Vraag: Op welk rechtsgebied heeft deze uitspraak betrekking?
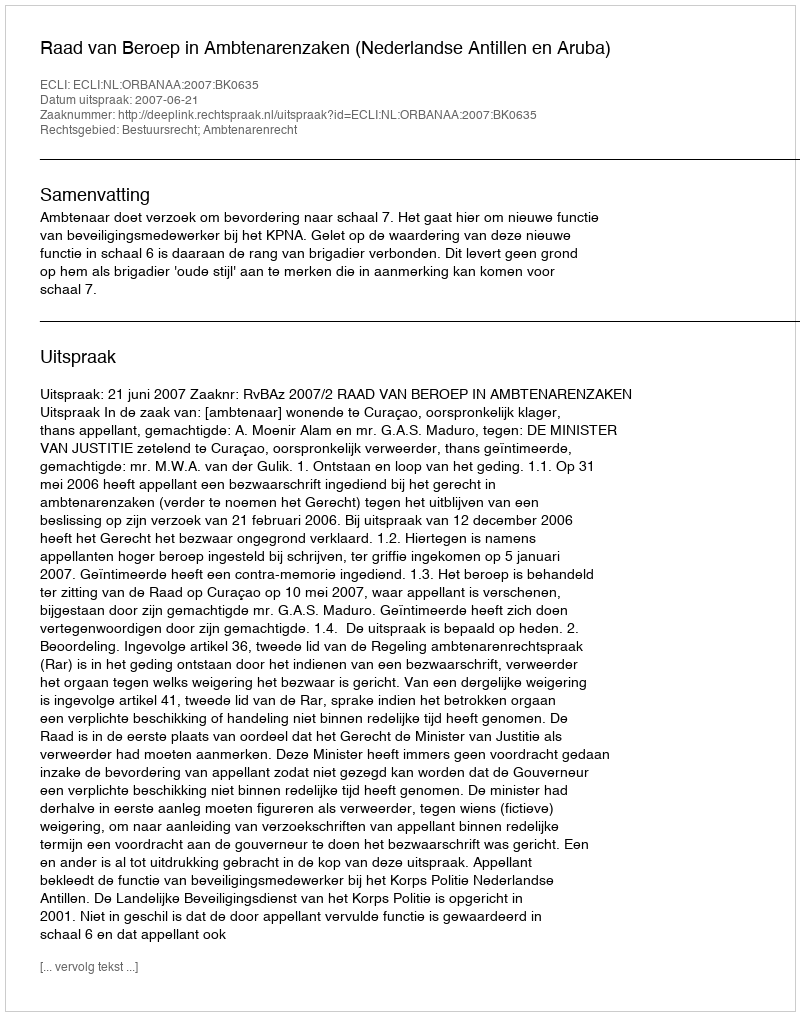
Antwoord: Bestuursrecht; Ambtenarenrecht